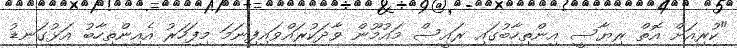
"ކުރިއަށް އޮތް ރިޔާސީ އިންތިހާބުގައި ރައީސް މައުމޫން ވާދަކުރައްވައިފިނަމަ މިފަހަރު އެއިންތިހާބު އަޅުގަނޑު